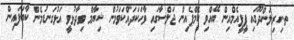
ތ.ހިރިލަންދޫގައި ޕީޕީއެމްއިން ބޭއްވި ކެމްޕެއިން ޖަލްސާގައި ވާހަކަދައްކަވަމުން ޝިޔާމް ވިދާޅުވީ އަޅުގަނޑުމެން ކާބަފައިން